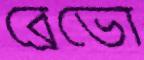
ব্রেভো